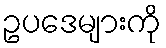
ဥပဒေများကို